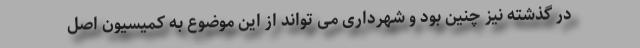
در گذشته نیز چنین بود و شهرداری می تواند از این موضوع به کمیسیون اصل